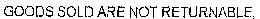
GOODS SOLD ARE NOT RETURNABLE